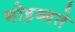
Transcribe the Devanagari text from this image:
मोहब्बते